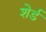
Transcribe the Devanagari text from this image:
शेर्ड